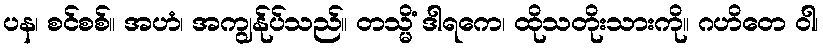
ပန၊ စင်စစ်။ အဟံ၊ အကျွန်ုပ်သည်။ တသ္မိံ ဒါရကေ၊ ထိုသတိုးသားကို။ ဂဟိတေ ဝါ၊